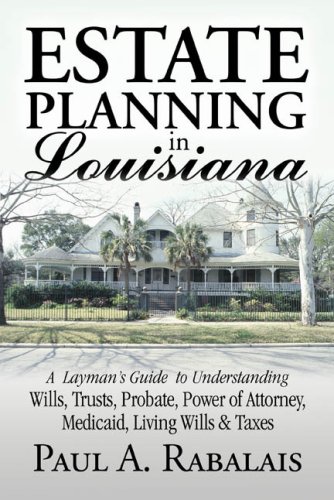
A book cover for Estate Planning in Louisiana: A Layman's Guide to Understanding Wills, Trusts, Probate, Power of Attorney, Medicaid, Living Wills & Taxes; Paul A. Rabalais; Law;